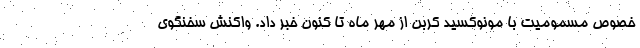
خصوص مسمومیت با مونوکسید کربن از مهر ماه تا کنون خبر داد. واکنش سخنگوی